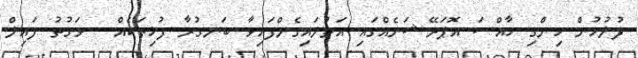
ފުލުހުން ހިންގި ހާއްސަ އޮޕަރޭޝަނެއްގައި އަތުލައިގެންފައިވާ ބަނގުރާ ފުޅިތަކެއް - ވަގުތު ފައިލް